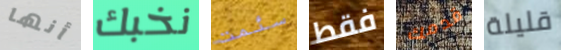
أنها نخبك سئمت فقط قدمك قليلة